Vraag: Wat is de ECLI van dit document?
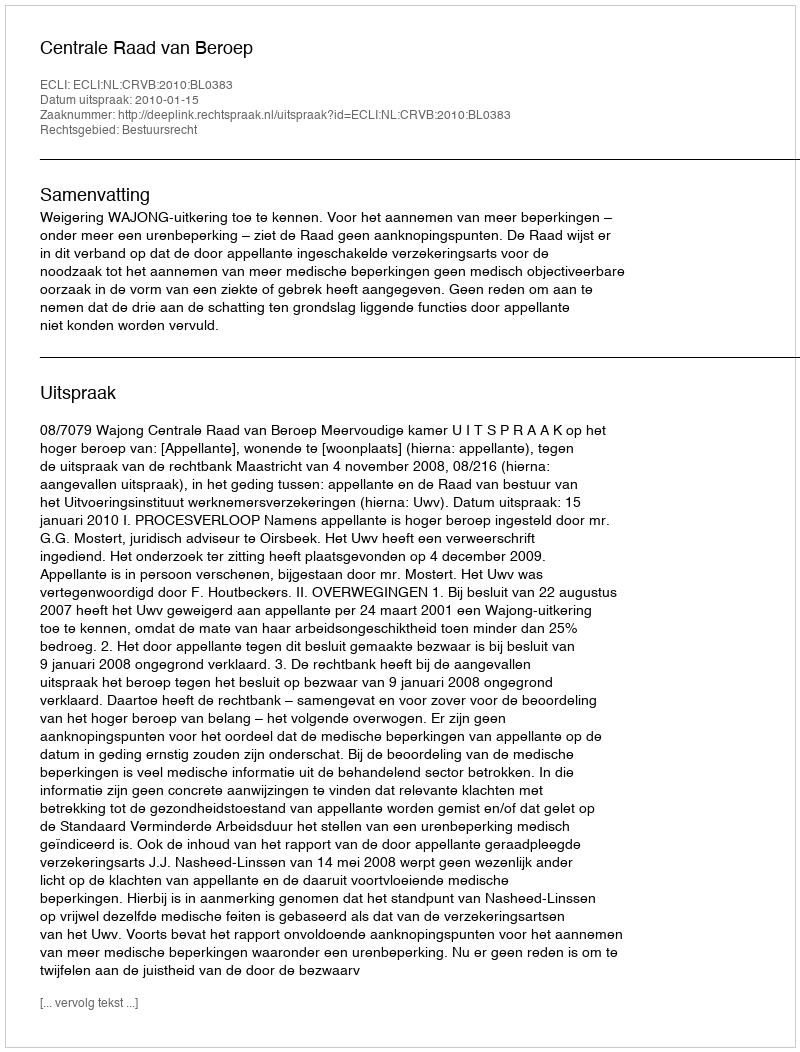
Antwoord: ECLI:NL:CRVB:2010:BL0383